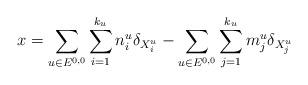
LaTeX: \begin{align*}x= \sum _{u\in E^{0,0}} \sum _{i=1}^{k_u} n_i^u \delta _{X_i^u} - \sum _{u\in E^{0,0}} \sum_{j=1}^{k_u} m_j^u \delta _{X_j^u}\end{align*}